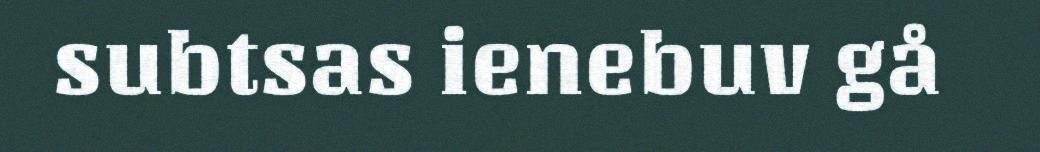
subtsas ienebuv gå